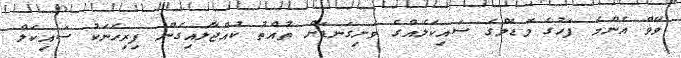
ވޭވް އެންމެ ފަހުގެ މޮޑެލްގެ ސައިކަލެއްގެ ވަށިގަނޑަށް ތުއްތު ކުއްޖާލައިގެން ފިރިހެނަކު ސައިކަލް